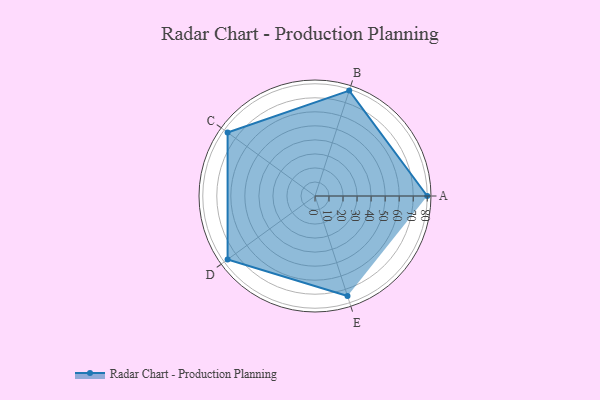
{"axis": {"x": "Skill", "y": "Score"}, "legend": ["Profile"], "data": [{"x": "A", "y": 80.0, "type": "Profile"}, {"x": "B", "y": 79.0, "type": "Profile"}, {"x": "C", "y": 77.0, "type": "Profile"}, {"x": "D", "y": 77.0, "type": "Profile"}, {"x": "E", "y": 75.0, "type": "Profile"}]}